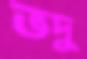
ভদু